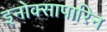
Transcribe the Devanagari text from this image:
इनोक्सापारिन